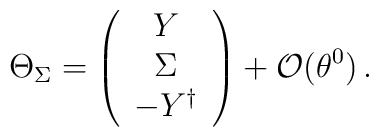
\Theta_\Sigma = \left(\begin{array}{c}  Y\\  \Sigma\\  -Y^\dagger\end{array}\right)+{\cal O}(\theta^0)\,.